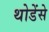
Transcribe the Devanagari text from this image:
थोडेंसे